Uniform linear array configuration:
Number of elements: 8
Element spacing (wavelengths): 0.25
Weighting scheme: uniform
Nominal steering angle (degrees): -60
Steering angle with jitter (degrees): -61.62
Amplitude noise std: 0.05
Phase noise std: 0.05

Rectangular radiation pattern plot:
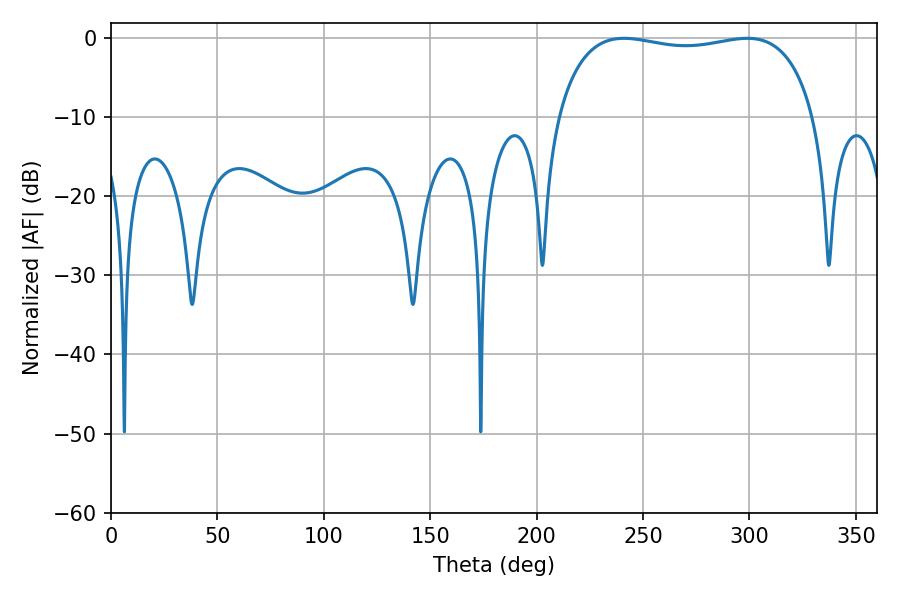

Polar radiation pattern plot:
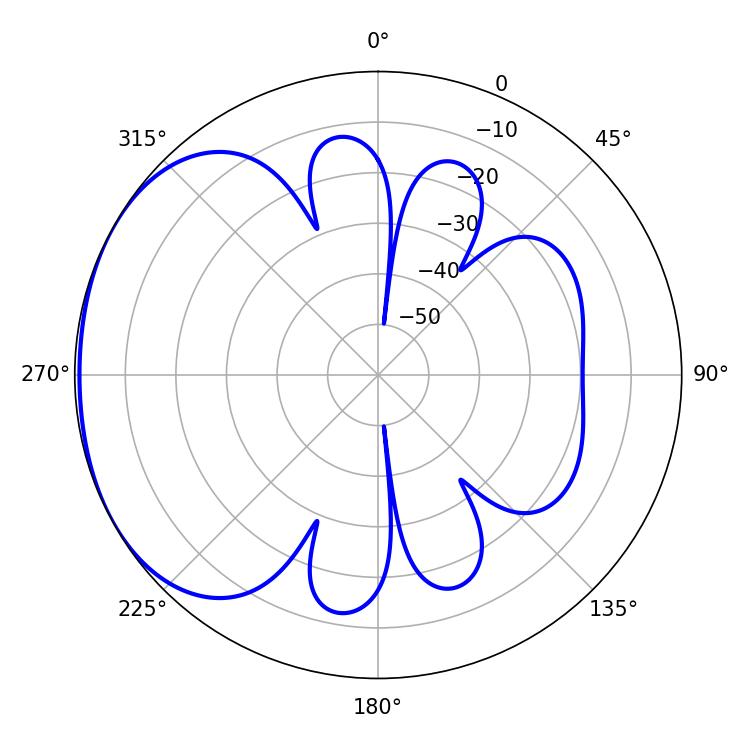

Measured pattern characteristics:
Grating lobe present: FALSE
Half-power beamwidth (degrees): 97.92
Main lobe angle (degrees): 241.02